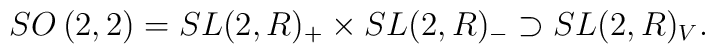
{SO}\left( 2,2\right) ={SL}(2,R)_{+}\times {SL}(2,R)_{-}\supset {SL}(2,R)_V.